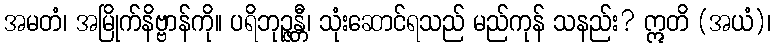
အမတံ၊ အမြိုက်နိဗ္ဗာန်ကို။ ပရိဘုဉ္ဇန္တီ၊ သုံးဆောင်ရသည် မည်ကုန် သနည်း? ဣတိ (အယံ)၊